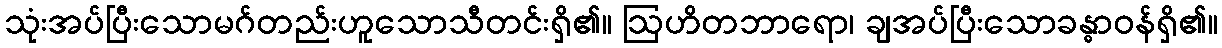
သုံးအပ်ပြီးသောမဂ်တည်းဟူသောသီတင်းရှိ၏။ ဩဟိတဘာရော၊ ချအပ်ပြီးသောခန္ဓာဝန်ရှိ၏။